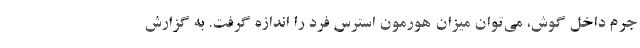
جرم داخل گوش، می‌توان میزان هورمون استرس فرد را اندازه‌ گرفت. به گزارش